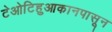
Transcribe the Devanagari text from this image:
टेओटिहुआकानपासून